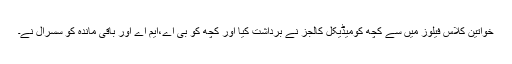
خواتین کلاس فیلوز میں سے کچھ کومیڈیکل کالجز نے برداشت کیا اور کچھ کو بی اے،ایم اے اور باقی ماندہ کو سسرال نے۔